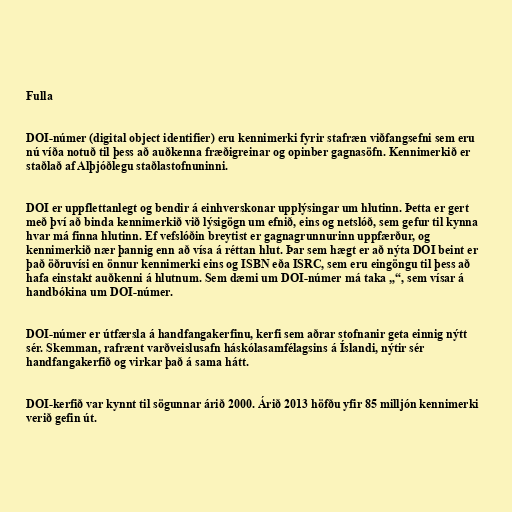
Fulla

DOI-númer (digital object identifier) eru kennimerki fyrir stafræn viðfangsefni sem eru
nú víða notuð til þess að auðkenna fræðigreinar og opinber gagnasöfn. Kennimerkið er
staðlað af Alþjóðlegu staðlastofnuninni.

DOI er uppflettanlegt og bendir á einhverskonar upplýsingar um hlutinn. Þetta er gert
með því að binda kennimerkið við lýsigögn um efnið, eins og netslóð, sem gefur til kynna
hvar má finna hlutinn. Ef vefslóðin breytist er gagnagrunnurinn uppfærður, og
kennimerkið nær þannig enn að vísa á réttan hlut. Þar sem hægt er að nýta DOI beint er
það öðruvísi en önnur kennimerki eins og ISBN eða ISRC, sem eru eingöngu til þess að
hafa einstakt auðkenni á hlutnum. Sem dæmi um DOI-númer má taka „“, sem vísar á
handbókina um DOI-númer.

DOI-númer er útfærsla á handfangakerfinu, kerfi sem aðrar stofnanir geta einnig nýtt
sér. Skemman, rafrænt varðveislusafn háskólasamfélagsins á Íslandi, nýtir sér
handfangakerfið og virkar það á sama hátt.

DOI-kerfið var kynnt til sögunnar árið 2000. Árið 2013 höfðu yfir 85 milljón kennimerki
verið gefin út.